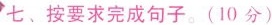
七、按要求完成句子。(10分)